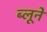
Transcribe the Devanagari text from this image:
ब्लूने